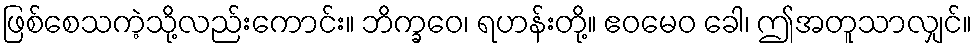
ဖြစ်စေသကဲ့သို့လည်းကောင်း။ ဘိက္ခဝေ၊ ရဟန်းတို့။ ဧဝမေဝ ခေါ၊ ဤအတူသာလျှင်။